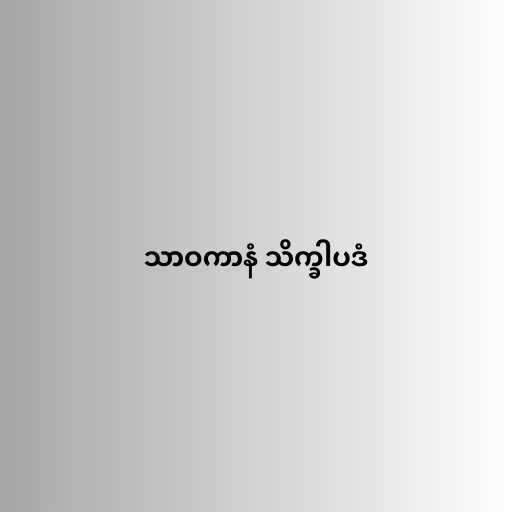
သာဝကာနံ သိက္ခါပဒံ